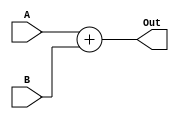
`timescale 1ns / 1ps
//////////////////////////////////////////////////////////////////////////////////
// Company: 
// Engineer: 
// 
// Design Name: 
// Module Name: Adder
// Project Name: 
// Target Devices: 
// Tool Versions: 
// Description: 
// 
// Dependencies: 
// 
// Revision:
// Revision 0.01 - File Created
// Additional Comments:
// 
//////////////////////////////////////////////////////////////////////////////////


module Adder(A, B, Out);
    input [31:0] A, B;
    output reg [31:0] Out;
    
    always @(A or B)
        Out = A + B;
endmodule